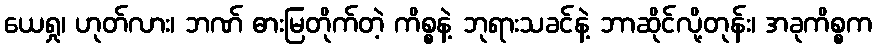
ယေရှု၊ ဟုတ်လား၊ ဘဏ် ဓားမြတိုက်တဲ့ ကိစ္စနဲ့ ဘုရားသခင်နဲ့ ဘာဆိုင်လို့တုန်း၊ အခုကိစ္စက